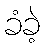
ခံခဲ့